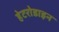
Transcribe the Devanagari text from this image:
हेटरोडाइन